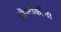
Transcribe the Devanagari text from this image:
ऑप्टीकॉन।